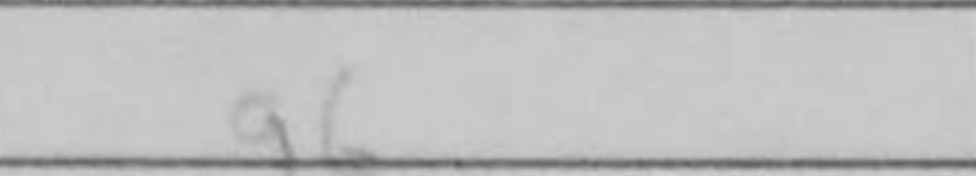
Transcription: g6